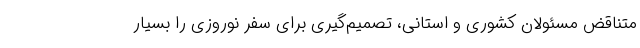
متناقض مسئولان کشوری و استانی، تصمیم‌گیری برای سفر نوروزی را بسیار